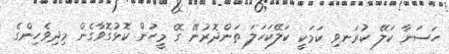
ހަސަނާ ކަލޭ ކުރަނވި ކަމަކީ ކަލޭކަހަލަ ތަންދޮރުނޭ ގޭ މީހުން ކޮޅުގޮވާގެން މިދިވެހިންގެ